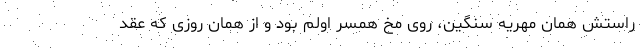
راستش همان مهریه سنگین، روی مخ همسر اولم بود و از همان روزی که عقد